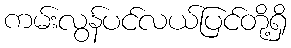
ကမ်းလွန်ပင်လယ်ပြင်တို့ရှိ